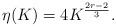
LaTeX: \begin{align*} \eta(K) = 4 K^{\frac{2r-2}{3}}.\end{align*}